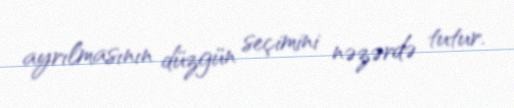
ayrılmasının düzgün seçimini nəzərdə tutur.